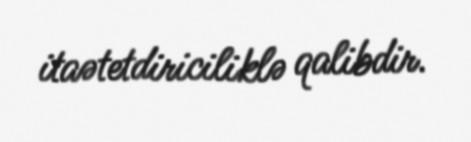
itaətetdiriciliklə qalibdir.